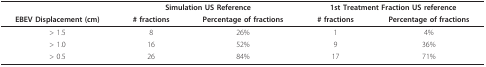
|  | <COLSPAN=2> Simulation US Reference | <COLSPAN=2> 1st Treatment Fraction US reference |
 | EBEV Displacement (cm) | # fractions | Percentage of fractions | # fractions | Percentage of fractions |
 | --- | --- | --- | --- | --- |
 | > 1.5 | 8 | 26% | 1 | 4% |
 | > 1.0 | 16 | 52% | 9 | 36% |
 | > 0.5 | 26 | 84% | 17 | 71% |